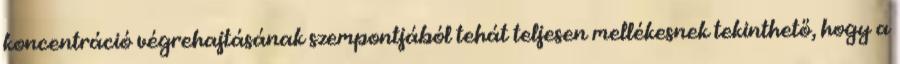
koncentráció végrehajtásának szempontjából tehát teljesen mellékesnek tekinthető, hogy a